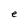
Character: e